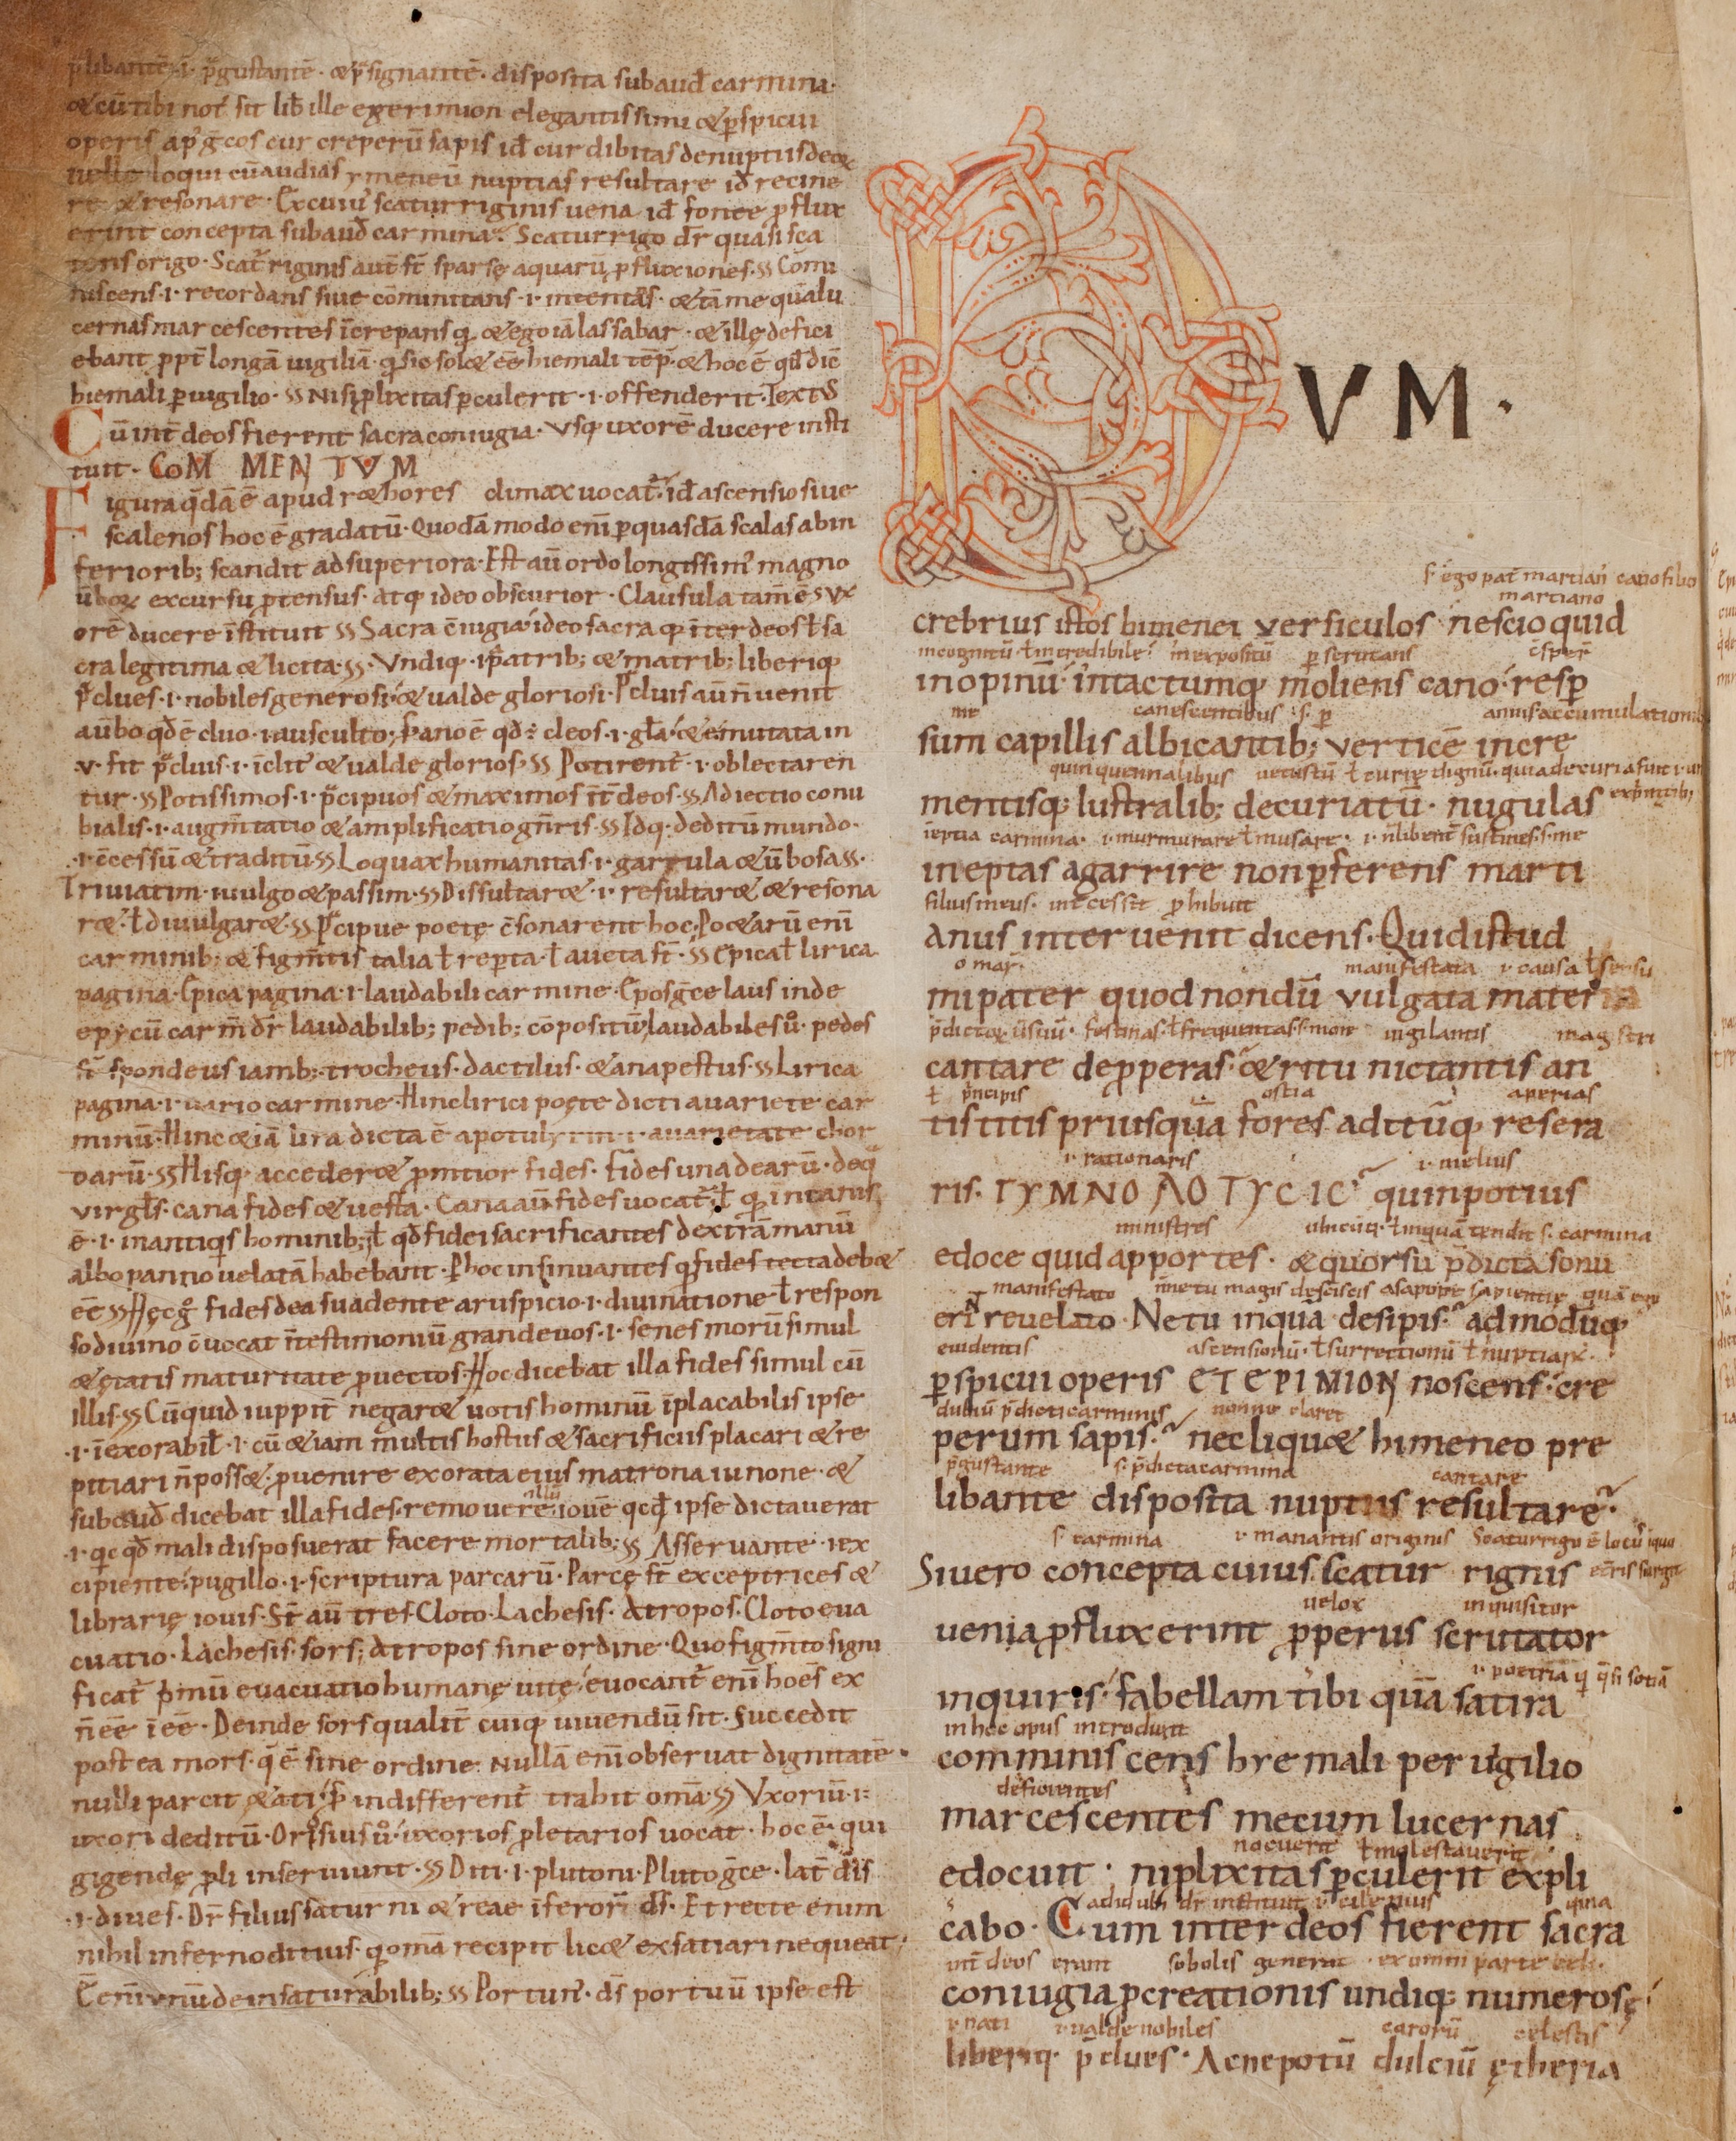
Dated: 1000–1099